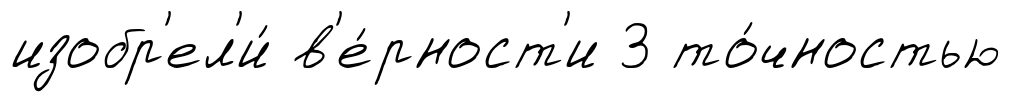
изобр'ел'и́ в'е́рност'и 3 то́чностью